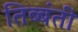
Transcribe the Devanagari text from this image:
तिब्बंती